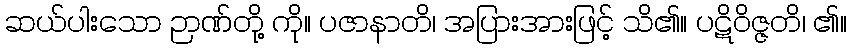
ဆယ်ပါးသော ဉာဏ်တို့ ကို။ ပဇာနာတိ၊ အပြားအားဖြင့် သိ၏။ ပဋိဝိဇ္ဇတိ၊ ၏။